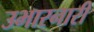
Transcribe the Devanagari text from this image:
उभारनारी